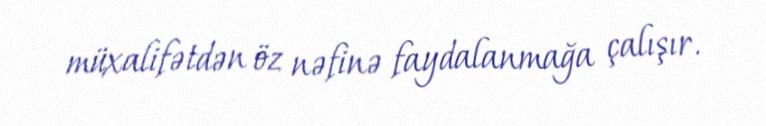
müxalifətdən öz nəfinə faydalanmağa çalışır.